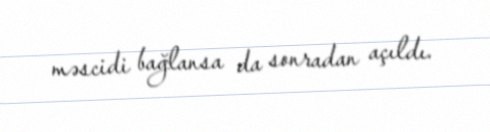
məscidi bağlansa da sonradan açıldı.